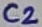
Text: C2